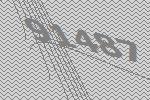
91487